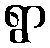
ရွာ